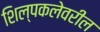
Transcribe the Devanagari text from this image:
शिल्पकलेवरील